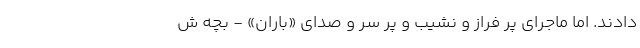
دادند. اما ماجرای ‌پر فراز و نشیب و ‌پر سر و صدای «باران» - بچه ش